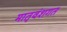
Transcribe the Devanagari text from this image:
मातृवंशगत